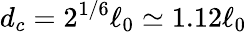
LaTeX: d_{c}=2^{1/6}\ell_{0}\simeq 1.12\ell_{0}